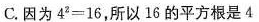
C.因为$$4^{2} = 1 6$$，所以16的平方根是4